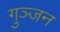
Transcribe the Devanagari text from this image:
गुञ्जन